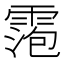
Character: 𬰀